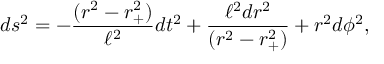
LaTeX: d s ^ { 2 } = - { \frac { ( r ^ { 2 } - r _ { + } ^ { 2 } ) } { \ell ^ { 2 } } } d t ^ { 2 } + { \frac { \ell ^ { 2 } d r ^ { 2 } } { ( r ^ { 2 } - r _ { + } ^ { 2 } ) } } + r ^ { 2 } d \phi ^ { 2 } ,